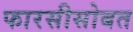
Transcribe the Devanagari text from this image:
फारसीसोबत